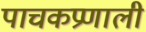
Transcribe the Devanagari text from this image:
पाचकप्रणाली